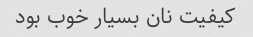
کیفیت نان بسیار خوب بود